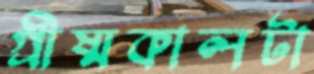
গ্রীষ্মকালটা